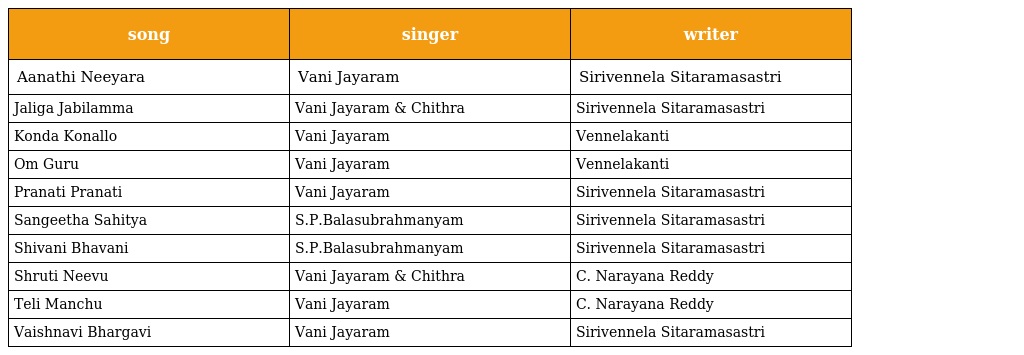
| song | singer | writer |
 | --- | --- | --- |
 | Aanathi Neeyara | Vani Jayaram | Sirivennela Sitaramasastri |
 | Jaliga Jabilamma | Vani Jayaram & Chithra | Sirivennela Sitaramasastri |
 | Konda Konallo | Vani Jayaram | Vennelakanti |
 | Om Guru | Vani Jayaram | Vennelakanti |
 | Pranati Pranati | Vani Jayaram | Sirivennela Sitaramasastri |
 | Sangeetha Sahitya | S.P.Balasubrahmanyam | Sirivennela Sitaramasastri |
 | Shivani Bhavani | S.P.Balasubrahmanyam | Sirivennela Sitaramasastri |
 | Shruti Neevu | Vani Jayaram & Chithra | C. Narayana Reddy |
 | Teli Manchu | Vani Jayaram | C. Narayana Reddy |
 | Vaishnavi Bhargavi | Vani Jayaram | Sirivennela Sitaramasastri |